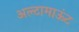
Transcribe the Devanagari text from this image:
अल्टामाऊंट